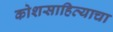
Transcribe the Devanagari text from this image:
कोशसाहित्याचा